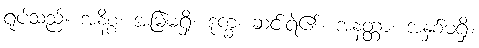
ရုပ်သည်။ အနိစ္စံ၊ အမြဲမရှိ။ ဒုက္ခံ၊ ဆင်းရဲ၏။ အနတ္တာ၊ အနှစ်မရှိ။